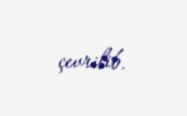
çevrilib.